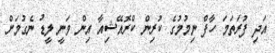
އަދި ފުރަތަމަ ހާފް ނިމުމުގެ ކުރިން ކްރޮއޭޝިއާ އިން ވަނީ ލީޑު ނެގުމަށް